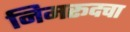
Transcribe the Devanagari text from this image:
निमरूदचा